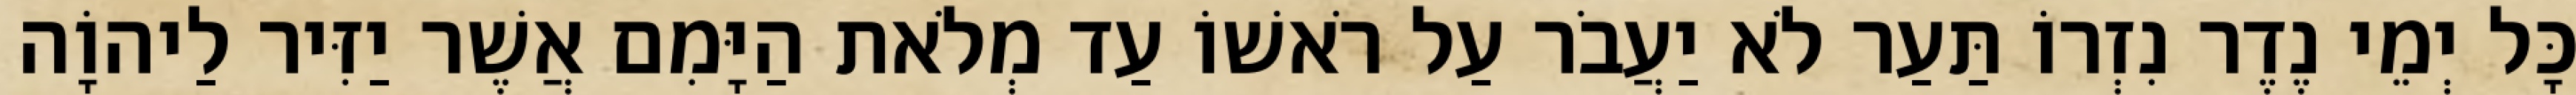
כָּל יְמֵי נֶדֶר נִזְרוֹ תַּעַר לֹא יַעֲבֹר עַל רֹאשׁוֹ עַד מְלֹאת הַיָּמִם אֲשֶׁר יַזִּיר לַיהוָֹה